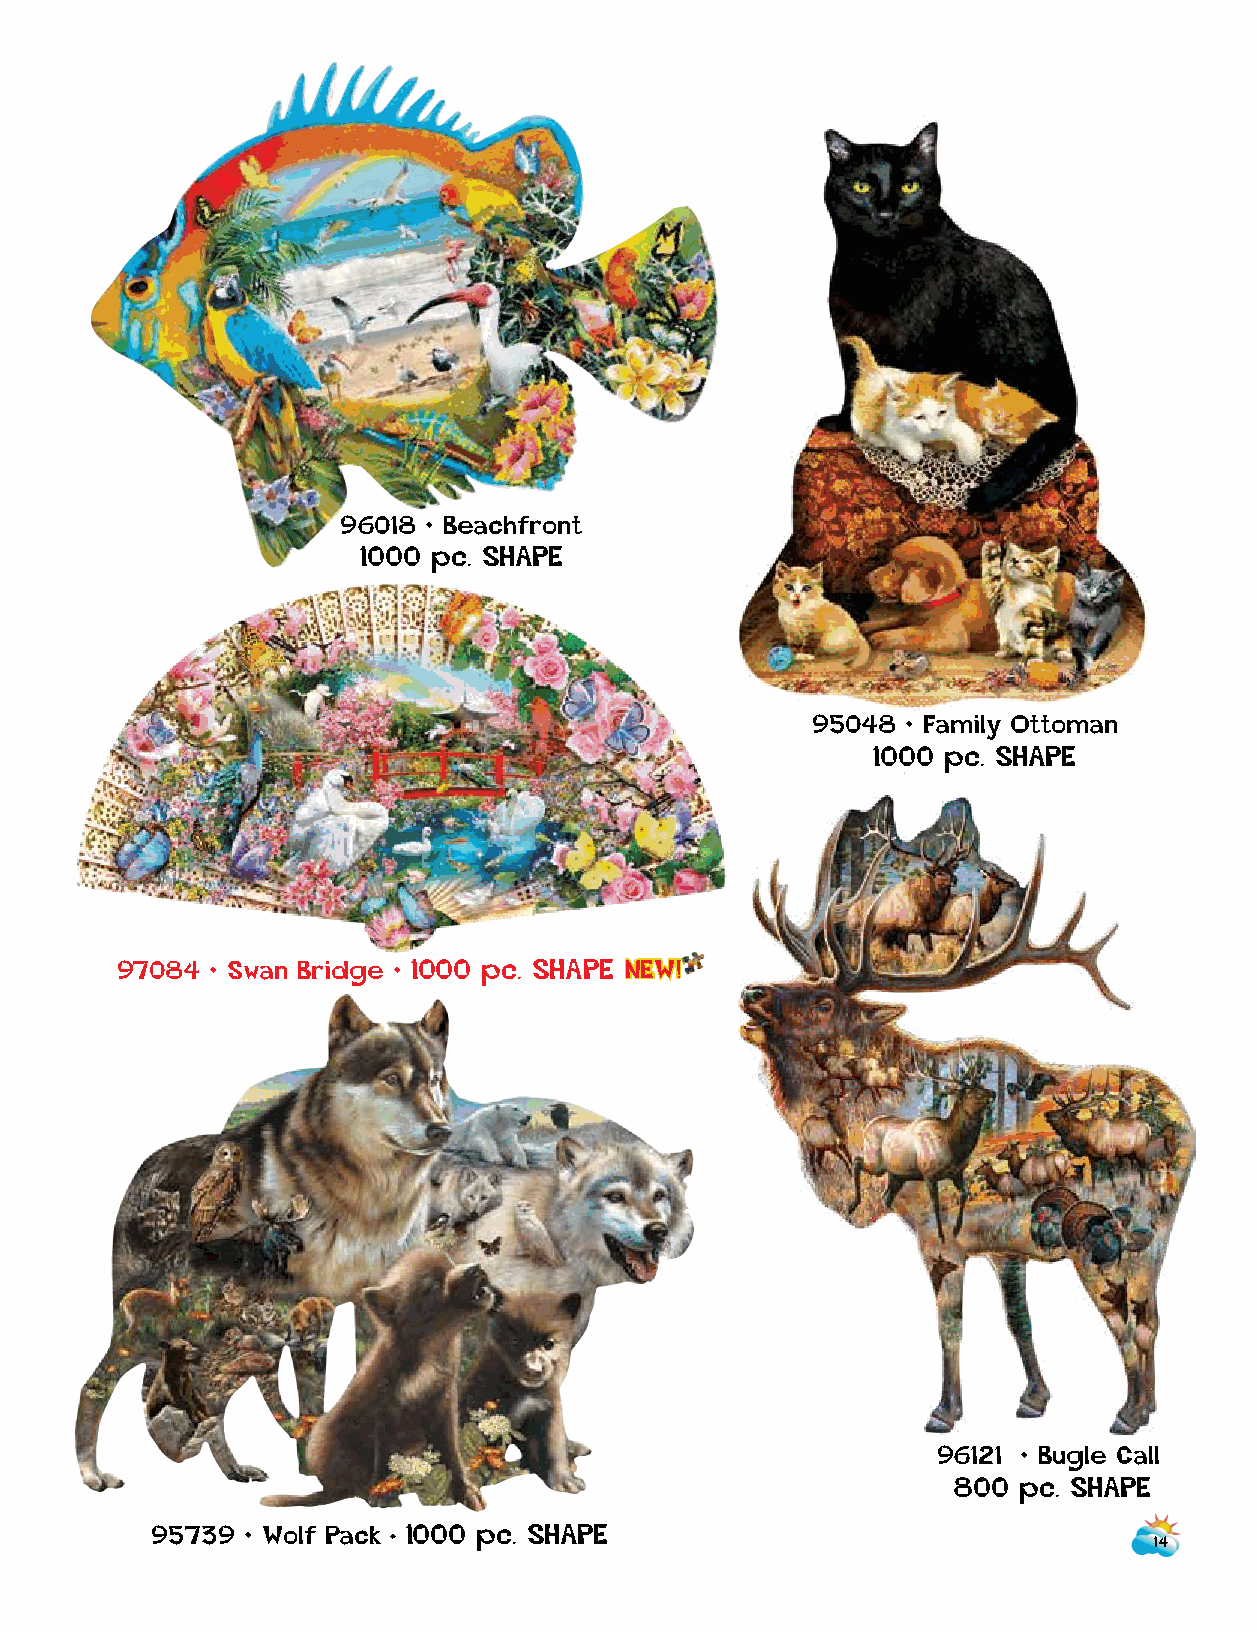
96018 • Beachfront
 1000 pc. SHAPE
 95048 • Family Ottoman
 1000 p c . SHAPE
 97084 • Swan Bridge • 1000 pc. SHA P E NEW!
 96121 • Bugle Call
 800  pc. SHAPE
 95739 • Wolf Pack • 1000 pc. SHAPE
 14